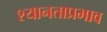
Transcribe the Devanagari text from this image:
श्यानताप्रभाव